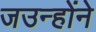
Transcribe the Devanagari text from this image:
जउन्होंने